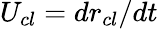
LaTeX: U_{cl}=dr_{cl}/dt